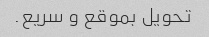
تحویل بموقع و سریع.